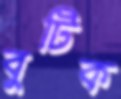
বুটিক